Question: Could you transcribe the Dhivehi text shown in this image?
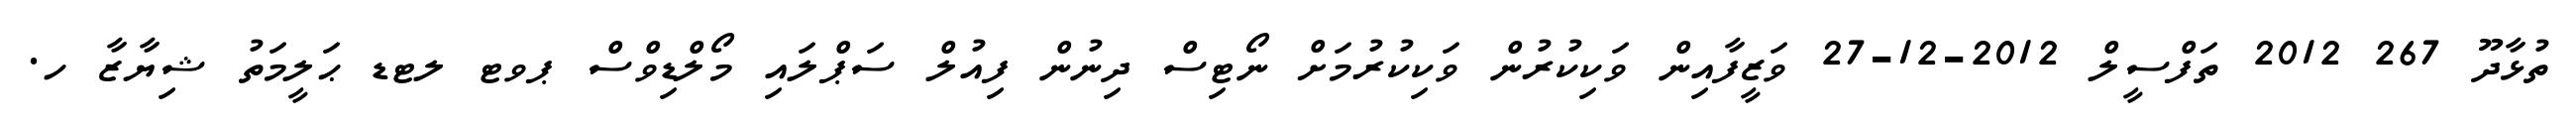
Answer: ތުޅާދޫ 267 2012 ތަފްސީލް 2012-12-27 ވަޒީފާއިން ވަކިކުރުން ވަކިކުރުމަށް ނޯޓިސް ދިނުން ފިއުލް ސަޕްލައި މޯލްޑިވްސް ޕވޓ ލޓޑ ޙަލީމަތު ޝިޔާޒާ ހ.